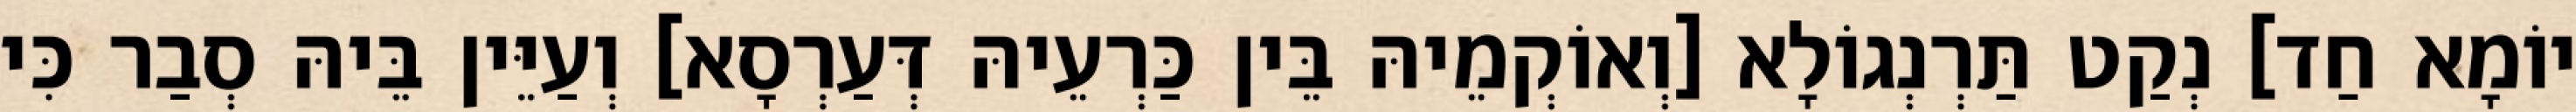
יוֹמָא חַד] נְקַט תַּרְנְגוֹלָא [וְאוֹקְמֵיהּ בֵּין כַּרְעֵיהּ דְּעַרְסָא] וְעַיֵּין בֵּיהּ סְבַר כִּי